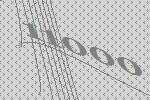
11000